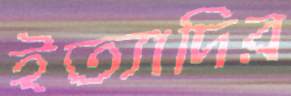
ইত্যাদির